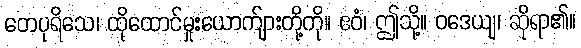
တေပုရိသေ၊ ထိုထောင်မှုးယောက်ျားတို့ကို။ ဧဝံ၊ ဤသို့။ ဝဒေယျ၊ ဆိုရာ၏။